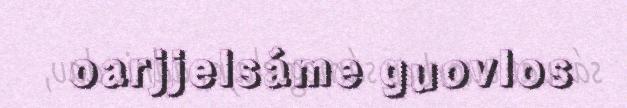
oarjjelsáme guovlos